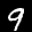
Label: 9